Indian journal of veterinary science and animal husbandry - Volumes 18-21, 1948-1951
Year: 1948
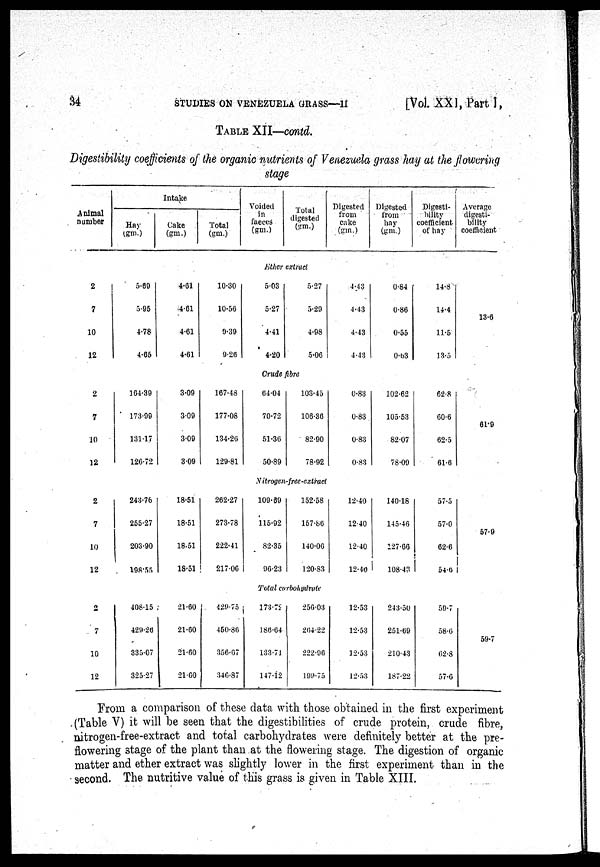
34
STUDIES ON VENEZUELA
GRASS—II
[Vol. XXI, Part I,
TABLE XII—contd.
Digestibility coefficients of the organic nutrients of Venezuela grass hay at the flowering
stage
Animal
number
Intake
Hay
(gm.)
Cake
(gm.)
Total
(gm.)
Voided
in
faeces
(gm.)
Total
digested
(gm.)
Digested
from
cake
(gm.)
Digested
from
hay
(gm.)
Digesti-
bility
coefficient
of hay
Average
digesti-
bility
coefficient
Ether extract
2
7
10
12
5.69
5.95
4.78
4.65
4.61
4.61
4.61
4.61
10.30
10.56
9.39
9.26
5.03
5.27
4.41
4.20
5.27
5.29
4.98
5.06
4.43
4.43
4.43
4.43
0.84
0.86
0.55
0.63
14.8
14.4
11.5
13.5
13.6
Crude fibre
2
7
10
12
164.39
173.99
131.17
126.72
3.09
3.09
3.09
3.09
167.48
177.08
134.26
129.81
64.04
70.72
51.36
50.89
103.45
106.36
82.90
78.92
0.83
0.83
0.83
0.83
102.62
105.53
82.07
78.09
62.8
60.6
62.5
61.6
61.9
Nitrogen-free-extract
2
7
10
12
243.76
255.27
203.90
198.55
18.51
18.51
18.51
18.51
262.27
273.78
222.41
217.06
109.69
115.92
82.35
96.23
152.58
157.86
140.06
120.83
12.40
12.40
12.40
12.40
140.18
145.46
127.66
108.43
57.5
57.0
62.6
54.6
57.9
Total corbohydrate
2
7
10
12
408.15
429.26
335.07
325.27
21.60
21.60
21.60
21.60
429.75
450.86
356.67
346.87
173.72
186.64
133.71
147.12
256.03
264.22
222.96
199.75
12.53
12.53
12.53
12.53
243.50
251.69
210.43
187.22
59.7
58.6
62.8
57.6
59.7
From a comparison of these data with those obtained in the first experiment
(Table V) it will be seen that the digestibilities of crude protein, crude fibre,
nitrogen-free-extract and total carbohydrates were definitely better at the pre-
flowering stage of the plant than at the flowering stage. The digestion of organic
matter and ether extract was slightly lower in the first experiment than in the
second. The nutritive value of this grass is given in Table XIII.